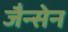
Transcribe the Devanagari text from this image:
जैन्सेन